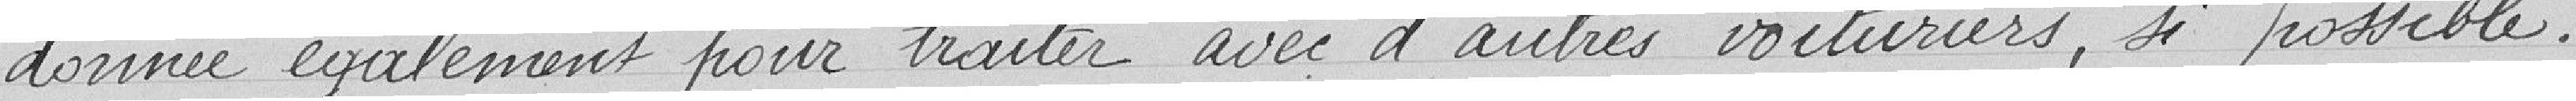
donnée également pour traiter avec d'autres voituriers, si possible.